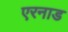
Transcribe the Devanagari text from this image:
एरनाड